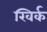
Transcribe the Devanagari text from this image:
खिर्क